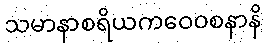
သမာနာစရိယကဝေဝစနာနိ